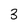
Character: 3